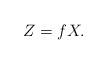
LaTeX: \begin{align*}Z=fX.\end{align*}